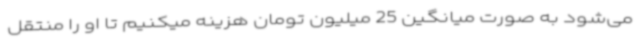
می‌شود به صورت میانگین 25 میلیون تومان هزینه میکنیم تا او را منتقل